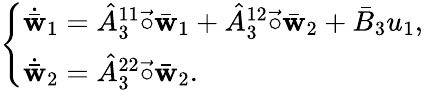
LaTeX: \left\{ \begin{array}{l}{\dot{\bar{\mathbf{w}}}_{1}=\hat{A}_{3}^{11}\vec{\circ}\bar{\mathbf{w}}_{1}+\hat{A}_{3}^{12}\vec{\circ}\bar{\mathbf{w}}_{2}+\bar{B}_{3}u_{1},}\\ {\dot{\bar{\mathbf{w}}}_{2}=\hat{A}_{3}^{22}\vec{\circ}\bar{\mathbf{w}}_{2}.}\end{array}\right.